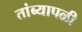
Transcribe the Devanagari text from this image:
तांब्यापळी